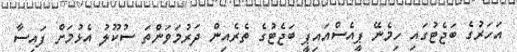
އަހަރުގެ ބަޖެޓުގައި ހިމެނޭ ޕީއެސްއައިޕީ ބަޖެޓުގެ ތެރެއިން ދަރުމަވަންތަ ސުކޫލު އެޅުމަށް ފައިސާ